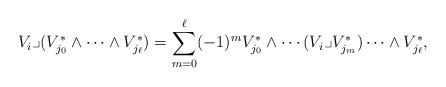
\begin{align*}V_i\lrcorner (V^*_{j_0}\wedge \cdots \wedge V^*_{j_{\ell}}) = \sum_{m=0}^{\ell} (-1)^{m}V^*_{j_0}\wedge \cdots (V_i \lrcorner V^*_{j_m}) \cdots \wedge V^*_{j_{\ell}},\end{align*}